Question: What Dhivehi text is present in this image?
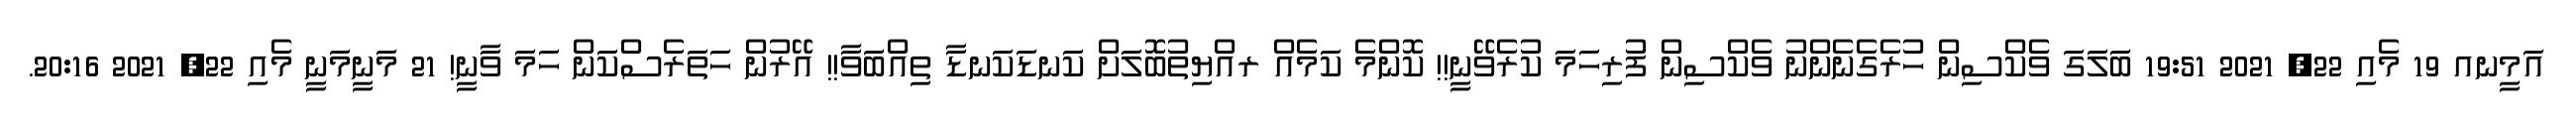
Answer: އަމީނއ 19 މެއި 22, 2021 19:51 ބަލަގަ ވެކްސިން ހުރެގެނެންނު ވެކްސިން ފުރިހަމަ ކުރެވޭނީ!! ކޮންމެ ކަމެއް ރއްޔިތުބޮލަށް ކަނޑަކަނޑާ ތިއްބަވާ!! އޭރުން ހަތަރެސްކަން ހަމަ ވާނީ! 21 މަނީމަނީ މެއި 22, 2021 20:16.